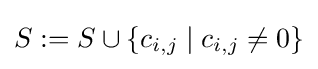
S:=S\cup \{c_{i,j}\mid c_{i,j}\neq 0\}